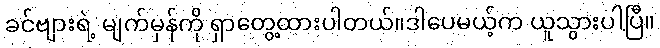
ခင်ဗျားရဲ့ မျက်မှန်ကို ရှာတွေ့ထားပါတယ်။ဒါပေမယ့်က ယူသွားပါပြီ။